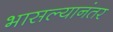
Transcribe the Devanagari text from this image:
भासल्यानंतर